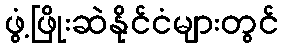
ဖွံ့ဖြိုးဆဲနိုင်ငံများတွင်